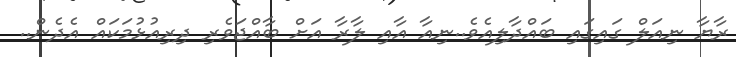
ރާޔާ ނިއަލް ގައިގައި ބައްދާލިއެވެ..ނިއާ އާއި ލާރާ އަށް ބާއްޖަވެރި ދިރިއުޅުމަކައް އެދެން..